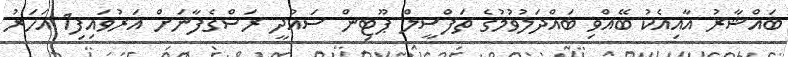
ބައްޝާރު އާއިއެކު ބޭއްވި ބައްދަލުވުމުގެ ތަފްސީލް ޕޫޓިން ސައުދީ ރަސްގެފާނަށް އަރުވައިފި1 އަހަރު